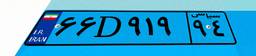
۰۹D۹۱۲۶۸